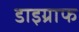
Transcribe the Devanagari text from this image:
डाइग्राफ